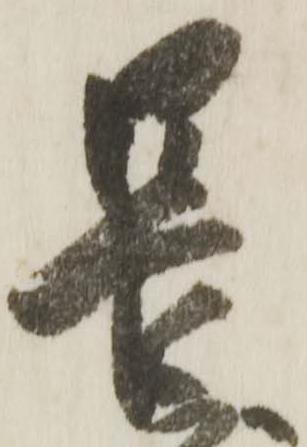
長